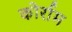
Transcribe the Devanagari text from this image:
कोर्राम